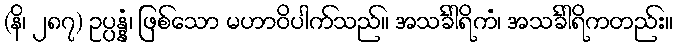
(နိ၊ ၂၈၇) ဥပ္ပန္နံ၊ ဖြစ်သော မဟာဝိပါက်သည်။ အသင်္ခါရိကံ၊ အသင်္ခါရိကတည်း။